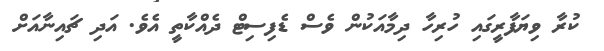
ކުރާ ވިޔަފާރީގައި ހުރިހާ ދިމާއަކުން ވެސް ޑެފިސިޓް ދެއްކާތީ އެވެ. އަދި ޗައިނާއަށް